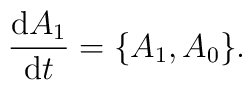
\frac{{\rm d}A_1}{{\rm d}t}=\{A_1,A_0\}.